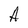
Character: A